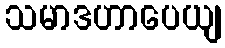
သမာဒဟာပေယျ